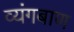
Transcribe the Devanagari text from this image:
व्यंगबाण